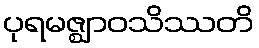
ပုရမဇ္ဈာဝသိဿတိ